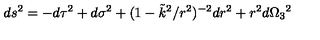
d s ^ { 2 } = - d \tau ^ { 2 } + d \sigma ^ { 2 } + ( 1 - \tilde { k } ^ { 2 } / r ^ { 2 } ) ^ { - 2 } d r ^ { 2 } + r ^ { 2 } d \Omega _ { 3 } { } ^ { 2 }